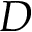
D